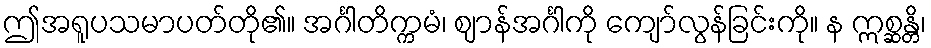
ဤအရူပသမာပတ်တို၏။ အင်္ဂါတိက္ကမံ၊ ဈာန်အင်္ဂါကို ကျော်လွန်ခြင်းကို။ န ဣစ္ဆန္တိ၊